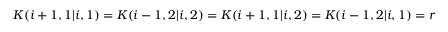
K ( i + 1 , 1 | i , 1 ) = K ( i - 1 , 2 | i , 2 ) = K ( i + 1 , 1 | i , 2 ) = K ( i - 1 , 2 | i , 1 ) = r